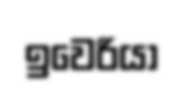
ඉවෙරියා